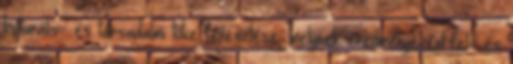
kulturális- és társadalmi tőke fejlesztése, melynek eredményeként fel- és